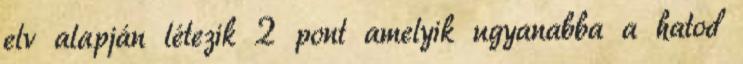
elv alapján létezik 2 pont amelyik ugyanabba a hatod